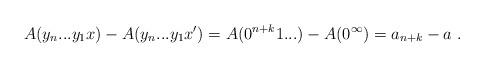
LaTeX: \begin{align*}A(y_n...y_1x) - A(y_n...y_1x') = A(0^{n+k}1...) - A(0^\infty) = a_{n+k} - a \ .\end{align*}